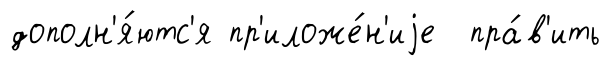
дополн'я́ютс'я пр'иложе́н'иjе пра́в'ить